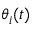
\theta _ { i } ( t )